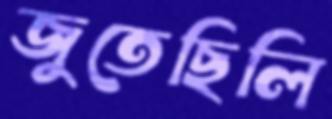
জুতেছিলি